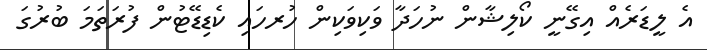
އެ ލީޑަރެއް އިގޭނީ ކޯލިޝާން ނުހަދާ ވަކިވަކިން ހުރހައި ކެޑިޑޭޓުން ފުރަތަމަ ބުރުގަ